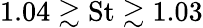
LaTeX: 1.04\gtrsim\textrm{St}\gtrsim 1.03